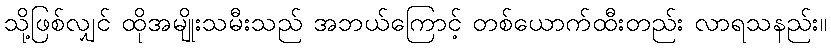
သို့ဖြစ်လျှင် ထိုအမျိုးသမီးသည် အဘယ်ကြောင့် တစ်ယောက်ထီးတည်း လာရသနည်း။